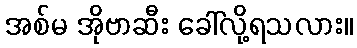
အစ်မ အိုဗာဆီး ခေါ်လို့ရသလား။